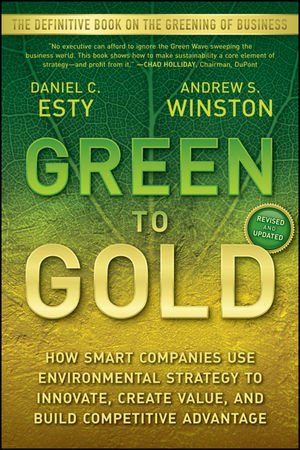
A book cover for Green to Gold: How Smart Companies Use Environmental Strategy to Innovate, Create Value, and Build Competitive Advantage; Daniel C. Esty; Business & Money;